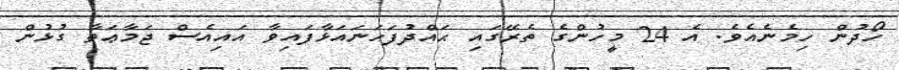
ހޯދުން ހިމެނެއެވެ. އެ 24 މީހުންގެ ތެރޭގައި ޙައްދުފަހަނައަޅާފައިވާ އައިއެސް ޖަމާޢަތާ ގުޅުން